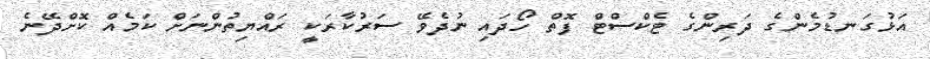
އަޅުގަނޑުމެންގެ ދަރިންގެ ޓެކްސްޓް ފޮތް ހޯދައި ނުދެވޭ ސަރުކާރަކީ ރައްޔިތުންނަށް ކަމެއް ކޮށްދޭނެ